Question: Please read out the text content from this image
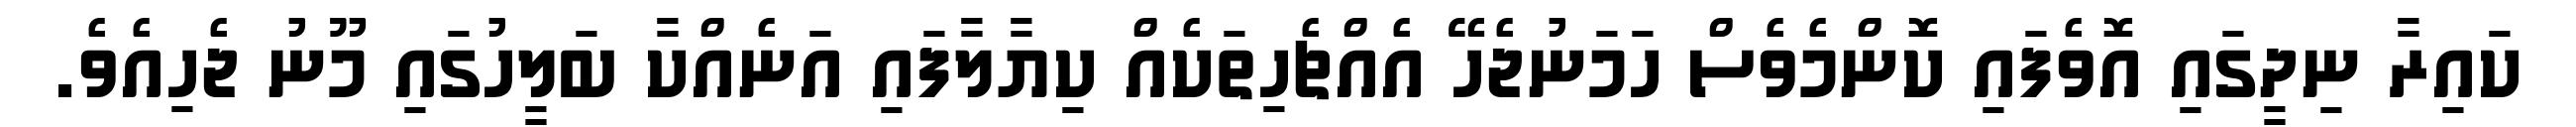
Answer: ކައިރާ ނިދީގައި އޮވެފައި ކޮންމެވެސް ހަމަނުޖެހޭ އެއްޗެހިތަކެއް ކިޔާލާފައި އަނެއްކާ ބަލީހުގައި މޫނު ޖެހިއެވެ.